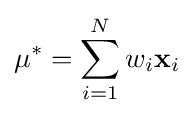
\mathbf {\mu ^{*}} =\sum _{i=1}^{N}w_{i}\mathbf {x} _{i}